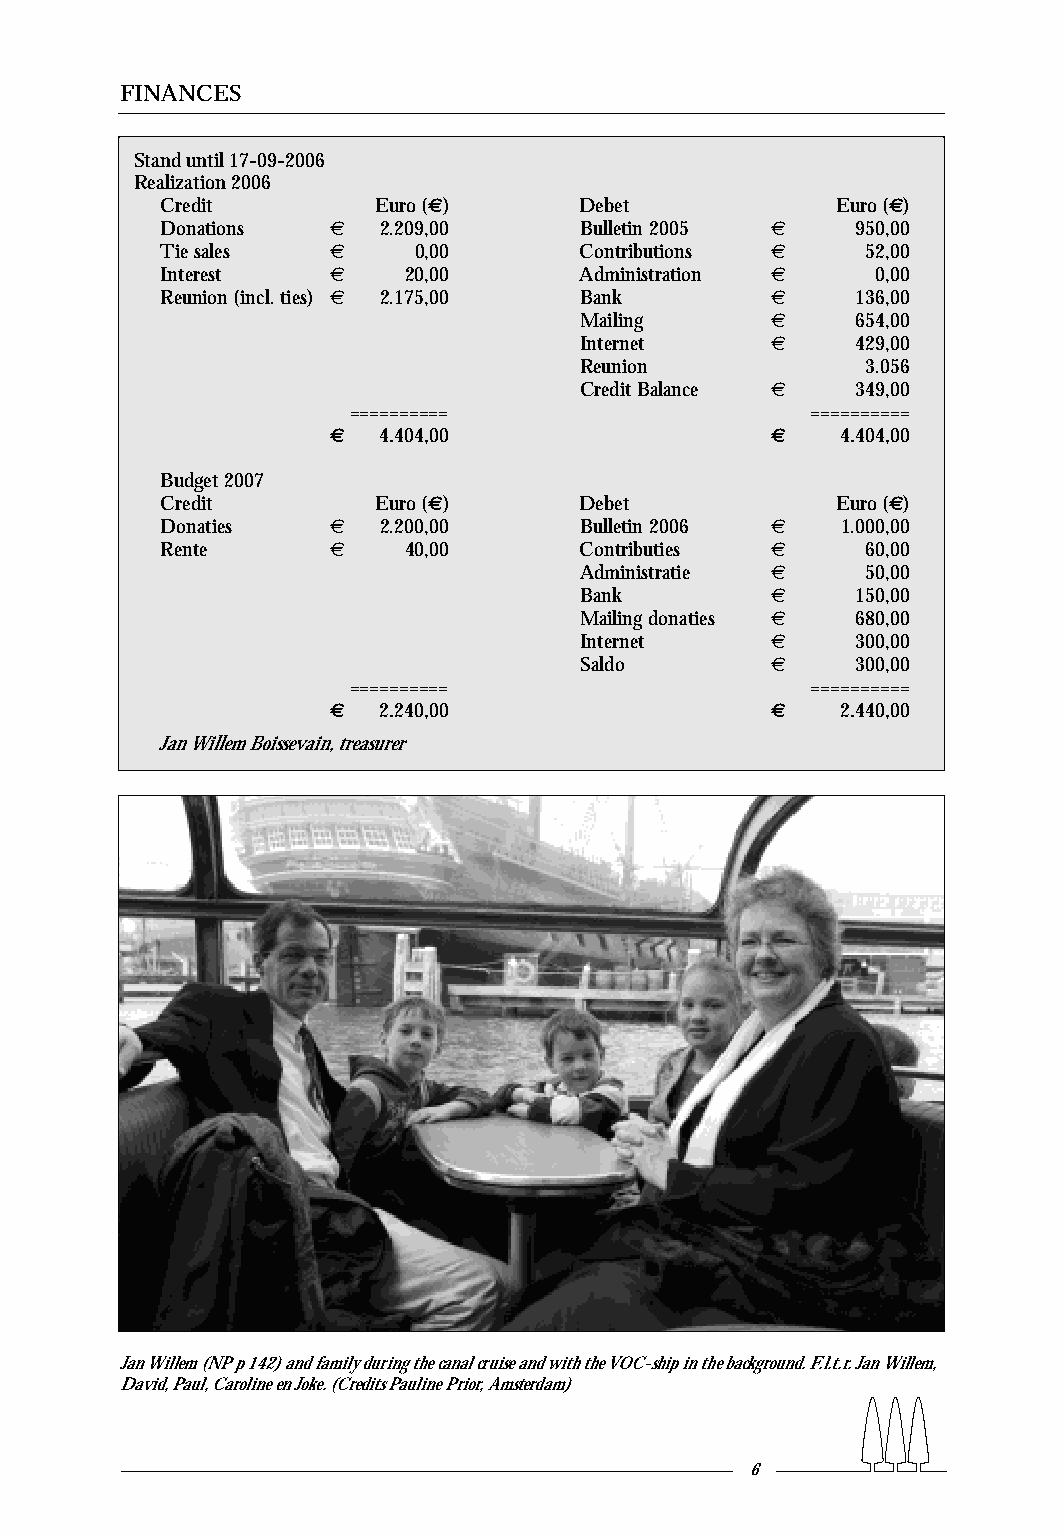
FINANCES
 Stand until 17-09-2006
 Realization 2006
 Credit        Euro (€)     Debet            Euro (€)
 Donations  €  2.209,00     Bulletin 2005 €    950,00
 Tie sales  €    0,00       Contributions €    52,00
 Interest   €    20,00      Administration €    0,00
 Reunion (incl.ties) € 2.175,00 Bank     €     136,00
 Mailing      €     654,00
 Internet     €     429,00
 Reunion            3.056
 Credit Balance €   349,00
 ==========                     ==========
 €  4.404,00                  €    4.404,00
 Budget 2007
 Credit        Euro (€)     Debet            Euro (€)
 Donaties   €  2.200,00     Bulletin 2006 €   1.000,00
 Rente      €    40,00      Contributies €     60,00
 Administratie €    50,00
 Bank         €     150,00
 Mailing donaties € 680,00
 Internet     €     300,00
 Saldo        €     300,00
 ==========                     ==========
 €  2.240,00                  €    2.440,00
 Jan Willem Boissevain,treasurer
 Jan Willem (NP p 142) and family during the canal cruise and with the VOC-ship in the background.F.l.t.r.Jan Willem,
 David,Paul,Caroline en Joke.(Credits Pauline Prior,Amsterdam)
 6